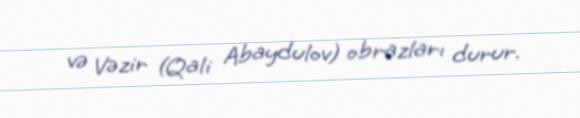
və Vəzir (Qali Abaydulov) obrazları durur.